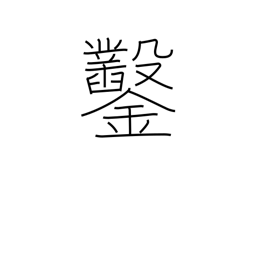
Meaning: chisel